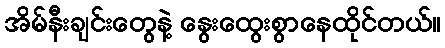
အိမ်နီးချင်းတွေနဲ့ နွေးထွေးစွာနေထိုင်တယ်။